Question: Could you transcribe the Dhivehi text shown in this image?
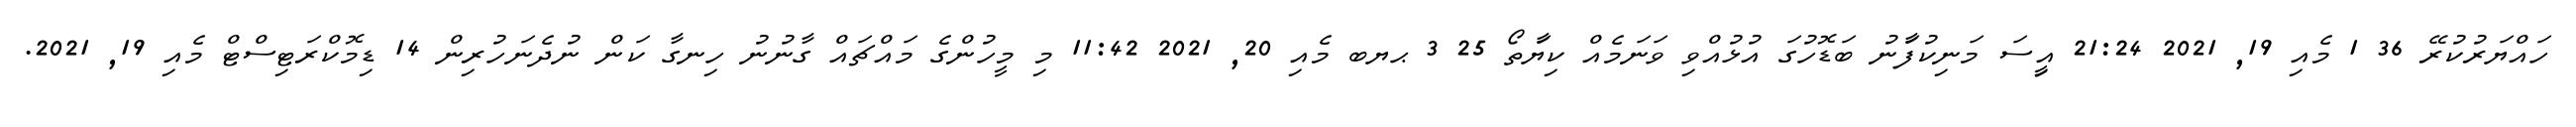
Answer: ހައްޔަރުކުރޭ 36 1 މެއި 19, 2021 21:24 އިީސަ މަނިކުފަާނު ބަޑޮހުގަ އުޅުއްވި ވަނަމެއް ކިޔަާތޯ 25 3 ޙޔބ މެއި 20, 2021 11:42 މި މީހުންގެ މައްޗައް ގާނުނު ހިނގާ ކަން ނުދެނަހުރިން 14 ޑިމޮކްރަޓިސްޓް މެއި 19, 2021.